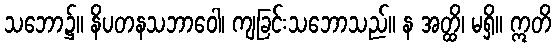
သဘော၌။ နိပတနသဘာဝေါ၊ ကျခြင်းသဘောသည်။ န အတ္ထိ၊ မရှိ။ ဣတိ